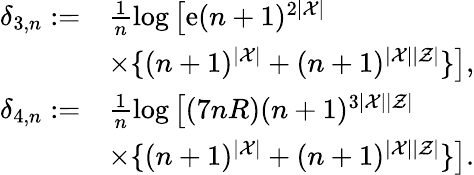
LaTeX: \begin{array}{rl}{\delta_{3,n}:=}&{\frac{1}{n}\log\left[\mathrm{e}(n+1)^{2|{\cal X}|}\right.}\\ &{\left.\times\{ (n+1)^{|{\cal X}|}+(n+1)^{|{\cal X}||{\cal Z}|}\} \right],}\\ {\delta_{4,n}:=}&{\frac{1}{n}\log\left[(7nR)(n+1)^{3|{\cal X}||{\cal Z}|}\right.}\\ &{\left.\times\{ (n+1)^{|{\cal X}|}+(n+1)^{|{\cal X}||{\cal Z}|}\} \right].}\end{array}